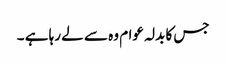
جس کا بدلہ عوام وہ سے لے رہا ہے ۔